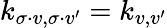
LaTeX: k_{\sigma\cdot v,\sigma\cdot v^{\prime}}=k_{v,v^{\prime}}